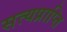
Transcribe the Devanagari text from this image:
सत्यप्राप्ति